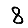
Digit: 8